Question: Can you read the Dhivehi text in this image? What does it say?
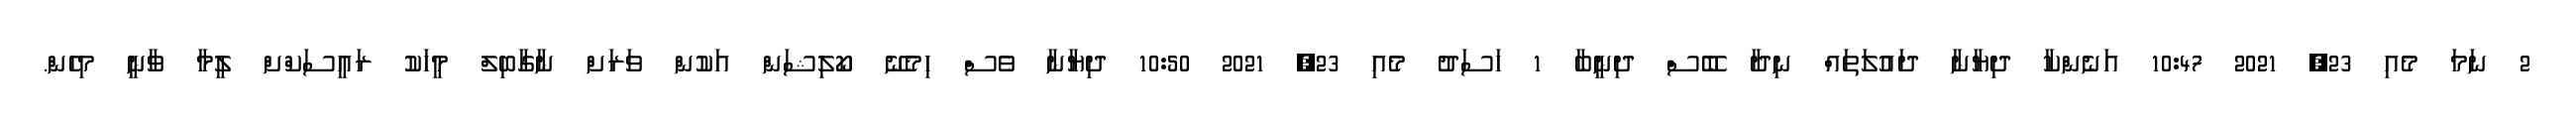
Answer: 2 ނަމަ މެއި 23, 2021 10:47 އަނެންކާ ދިޔާނާ ދައުލަތައް ނިދާ ބޭސް ދިނީބާ 1 ހަސަދު މެއި 23, 2021 10:50 ދިޔާނާ ވެސް ހިމެނޭ ކޯލިޝަން އަކުން ވަރަށް ނާގާބިލް މީހަކު ރައީސަކްށް ލީމާ ވާނީ މިހެން.